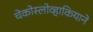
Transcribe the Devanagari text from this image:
चेकोस्लोव्हाकियाने